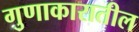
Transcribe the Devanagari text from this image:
गुणाकारातील